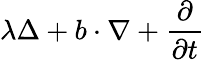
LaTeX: \lambda\Delta+b\cdot\nabla+\frac{\partial}{\partial t}